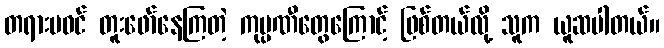
တရားမဝင် တူးဖော်နေကြတဲ့ ကုမ္ပဏီတွေကြောင့် ဖြစ်တယ်လို့ သူက ယူဆပါတယ်။